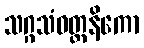
သဂ္ဂသံဝတ္တနိကော